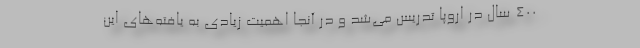
۴۰۰ سال در اروپا تدریس می‌شد و در آنجا اهمیت زیادی به یافته‌های این